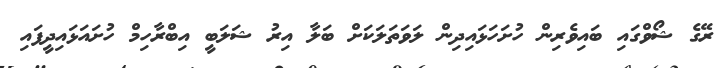
ރޭގެ ޝޯވްގައި ބައިވެރިން ހުށަހަޅައިދިން ލަވަތަލަކަށް ބަލާ އިރު ޝަލަބީ އިބްރާހިމް ހުށައަޅައިދީފައި